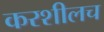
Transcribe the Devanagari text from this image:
करशीलच